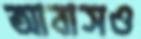
আবাসও